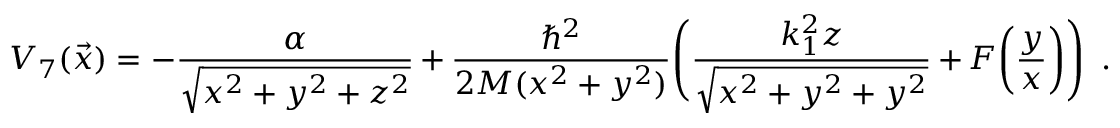
V _ { 7 } ( \vec { x } ) = - { \frac { \alpha } { \sqrt { x ^ { 2 } + y ^ { 2 } + z ^ { 2 } } } } + { \frac { \hbar ^ { 2 } } { 2 M ( x ^ { 2 } + y ^ { 2 } ) } } \Bigg ( { \frac { k _ { 1 } ^ { 2 } z } { \sqrt { x ^ { 2 } + y ^ { 2 } + y ^ { 2 } } } } + F \bigg ( { \frac { y } { x } } \bigg ) \Bigg ) \enspace .